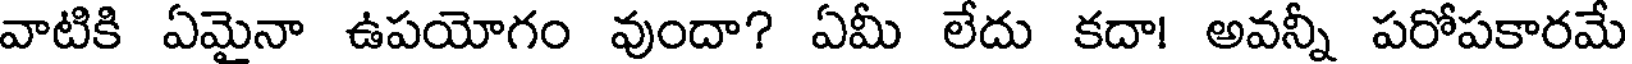
వాటికి ఏమైనా ఉపయోగం వుందా? ఏమీ లేదు కదా! అవన్నీ పరోపకారమే